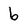
Character: 6